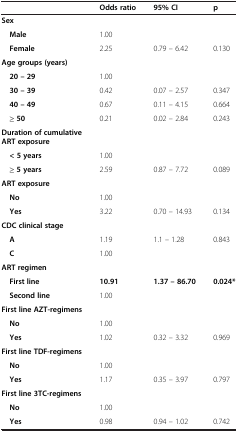
<table><thead><tr><td><b> </b></td><td><b>Odds ratio</b></td><td><b>95% CI</b></td><td><b>p</b></td></tr></thead><tbody><tr><td><b>Sex</b></td><td> </td><td> </td><td> </td></tr><tr><td> <b>Male</b></td><td>1.00</td><td> </td><td> </td></tr><tr><td> <b>Female</b></td><td>2.25</td><td>0.79 – 6.42</td><td>0.130</td></tr><tr><td><b>Age groups (years)</b></td><td> </td><td> </td><td> </td></tr><tr><td> <b>20 – 29</b></td><td>1.00</td><td> </td><td> </td></tr><tr><td> <b>30 – 39</b></td><td>0.42</td><td>0.07 – 2.57</td><td>0.347</td></tr><tr><td> <b>40 – 49</b></td><td>0.67</td><td>0.11 – 4.15</td><td>0.664</td></tr><tr><td> <b>≥ 50</b></td><td>0.21</td><td>0.02 – 2.84</td><td>0.243</td></tr><tr><td><b>Duration of cumulative ART exposure</b></td><td> </td><td> </td><td> </td></tr><tr><td> <b>&lt; 5 years</b></td><td>1.00</td><td> </td><td> </td></tr><tr><td> <b>≥ 5 years</b></td><td>2.59</td><td>0.87 – 7.72</td><td>0.089</td></tr><tr><td><b>ART exposure</b></td><td> </td><td> </td><td> </td></tr><tr><td> <b>No</b></td><td>1.00</td><td> </td><td> </td></tr><tr><td> <b>Yes</b></td><td>3.22</td><td>0.70 – 14.93</td><td>0.134</td></tr><tr><td><b>CDC clinical stage</b></td><td> </td><td> </td><td> </td></tr><tr><td> <b>A</b></td><td>1.19</td><td>1.1 – 1.28</td><td>0.843</td></tr><tr><td> <b>C</b></td><td>1.00</td><td> </td><td> </td></tr><tr><td><b>ART regimen</b></td><td> </td><td> </td><td> </td></tr><tr><td> <b>First line</b></td><td><b>10.91</b></td><td><b>1.37 – 86.70</b></td><td><b>0.024*</b></td></tr><tr><td> <b>Second line</b></td><td>1.00</td><td> </td><td> </td></tr><tr><td><b>First line AZT-regimens</b></td><td> </td><td> </td><td> </td></tr><tr><td> <b>No</b></td><td>1.00</td><td> </td><td> </td></tr><tr><td> <b>Yes</b></td><td>1.02</td><td>0.32 – 3.32</td><td>0.969</td></tr><tr><td><b>First line TDF-regimens</b></td><td> </td><td> </td><td> </td></tr><tr><td> <b>No</b></td><td>1.00</td><td> </td><td> </td></tr><tr><td> <b>Yes</b></td><td>1.17</td><td>0.35 – 3.97</td><td>0.797</td></tr><tr><td><b>First line 3TC-regimens</b></td><td> </td><td> </td><td> </td></tr><tr><td> <b>No</b></td><td>1.00</td><td> </td><td> </td></tr><tr><td> <b>Yes</b></td><td>0.98</td><td>0.94 – 1.02</td><td>0.742</td></tr></tbody></table>